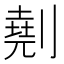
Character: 𠟋